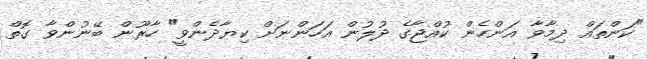
"ކަންތައް ދިމާވާ އަންހެން ކުއްޖާގެ ދުލުން އަހަންނަށް ކިޔާދެންވީ" ހާރޫން ބޭނުންވާ ގޮތް